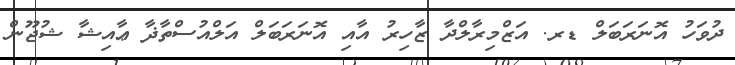
ދުވަހު އޮނަރަބަލް ޑރ. އަޒްމިރާލްދާ ޒާހިރު އާއި އޮނަރަބަލް އަލްއުސްތާޛާ ޢާއިޝާ ޝުޖޫން